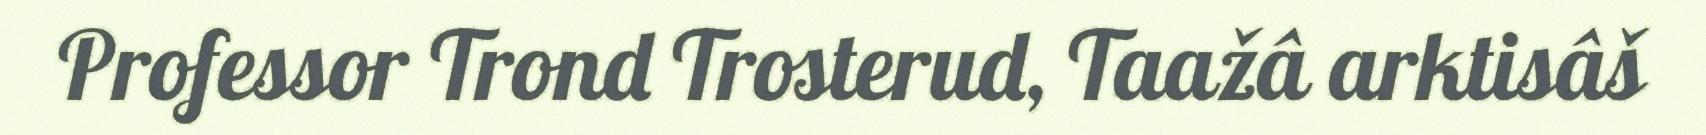
Professor Trond Trosterud, Taažâ arktisâš